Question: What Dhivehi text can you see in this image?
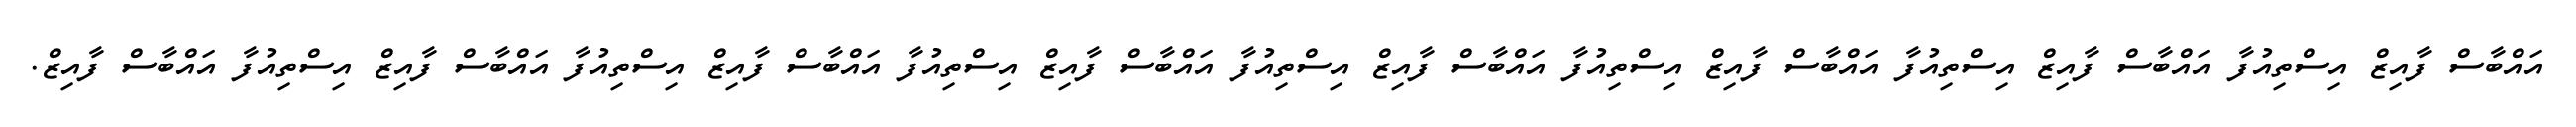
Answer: އައްބާސް ފާއިޒް އިސްތިއުފާ އައްބާސް ފާއިޒް އިސްތިއުފާ އައްބާސް ފާއިޒް އިސްތިއުފާ އައްބާސް ފާއިޒް އިސްތިއުފާ އައްބާސް ފާއިޒް އިސްތިއުފާ އައްބާސް ފާއިޒް އިސްތިއުފާ އައްބާސް ފާއިޒް އިސްތިއުފާ އައްބާސް ފާއިޒް.